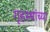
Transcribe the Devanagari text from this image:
गृहस्थांच्या